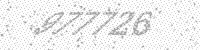
Solution: 977726